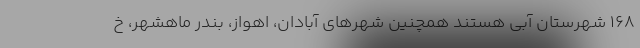
۱۶۸ شهرستان آبی هستند همچنین شهرهای آبادان، اهواز، بندر ماهشهر، خ